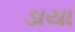
ડાયા